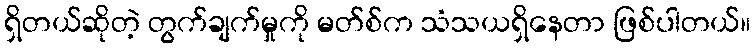
ရှိတယ်ဆိုတဲ့ တွက်ချက်မှုကို မတ်စ်က သံသယရှိနေတာ ဖြစ်ပါတယ်။